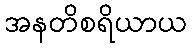
အနတိစရိယာယ